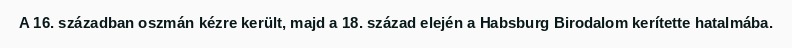
A 16. században oszmán kézre került, majd a 18. század elején a Habsburg Birodalom kerítette hatalmába.